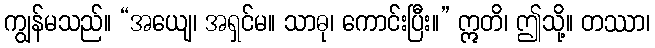
ကျွန်မသည်။ “အယျေ၊ အရှင်မ။ သာဓု၊ ကောင်းပြီး။” ဣတိ၊ ဤသို့။ တဿာ၊